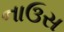
નાઉસ